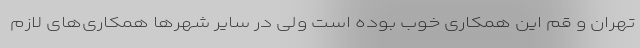
تهران و قم این همکاری خوب بوده است ولی در سایر شهرها همکاری‌های لازم